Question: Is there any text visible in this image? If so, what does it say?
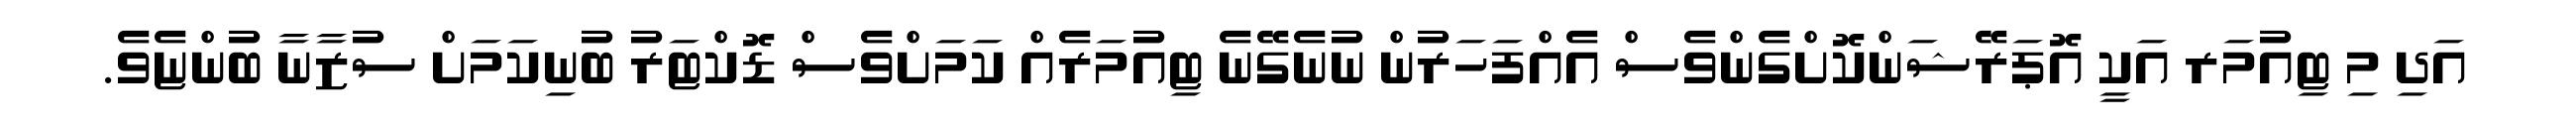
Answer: އަދި މި ޓިއުމަރ އަކީ އޮޕަރޭޝަންކޮށްގެންވެސް އެއްފަހަރުން ނުނެގޭނެ ޓިއުމަރެއް ކަމަށްވެސް ޑޮކްޓަރު ބުނިކަމަށް ސުޒާނާ ބުންޏެވެ.